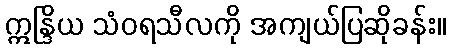
ဣန္ဒြိယ သံဝရသီလကို အကျယ်ပြဆိုခန်း။